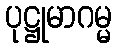
ပုဋ္ဌုမာဂမ္မ